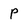
Character: P